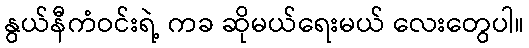
နွယ်နီကံဝင်းရဲ့ ကခ ဆိုမယ်ရေးမယ် လေးတွေပါ။